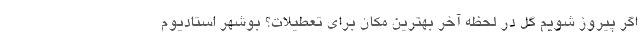
اگر پیروز شویم گل در لحظه آخر بهترین مکان برای تعطیلات؟ بوشهر استادیوم